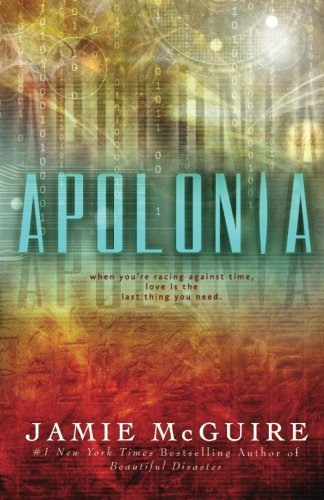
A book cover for Apolonia; Jamie McGuire; Romance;